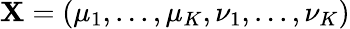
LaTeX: \textbf{X}=\left(\mu_{1},...,\mu_{K},\nu_{1},...,\nu_{K}\right)